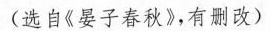
（选自《晏子春秋》，有删改）